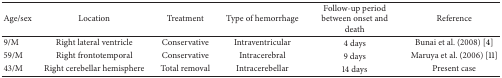
<table><thead><tr><td><b>Age/sex</b></td><td><b>Location</b></td><td><b>Treatment</b></td><td><b>Type of hemorrhage</b></td><td><b>Follow-up period between onset and death</b></td><td><b>Reference</b></td></tr></thead><tbody><tr><td>9/M</td><td>Right lateral ventricle</td><td>Conservative</td><td>Intraventricular</td><td>4 days</td><td>Bunai et al. (2008) [4]</td></tr><tr><td>59/M</td><td>Right frontotemporal</td><td>Conservative</td><td>Intracerebral</td><td>9 days</td><td>Maruya et al. (2006) [11]</td></tr><tr><td>43/M</td><td>Right cerebellar hemisphere</td><td>Total removal</td><td>Intracerebellar</td><td>14 days</td><td>Present case</td></tr></tbody></table>